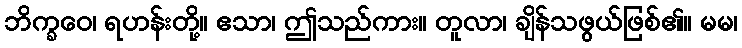
ဘိက္ခဝေ၊ ရဟန်းတို့။ ဧသာ၊ ဤသည်ကား။ တူလာ၊ ချိန်သဖွယ်ဖြစ်၏။ မမ၊